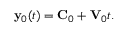
\begin{array} { r } { { \bf y } _ { 0 } ( t ) = { \bf C } _ { 0 } + { \bf V } _ { 0 } t . } \end{array}